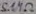
Text: 5.1MΩ